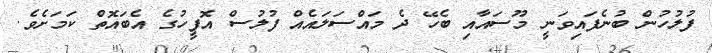
ފުލުހުން ބުނެފައިވަނީ މޫސައާއި ބެހޭ ދެ މައްސަލައެއް ފުލުސް އޮފީހުގެ އެބައޮތް ކަމަށެވެ.